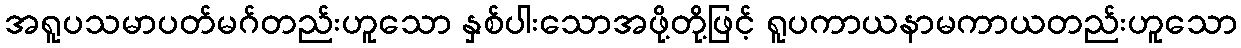
အရူပသမာပတ်မဂ်တည်းဟူသော နှစ်ပါးသောအဖို့တို့ဖြင့် ရူပကာယနာမကာယတည်းဟူသော